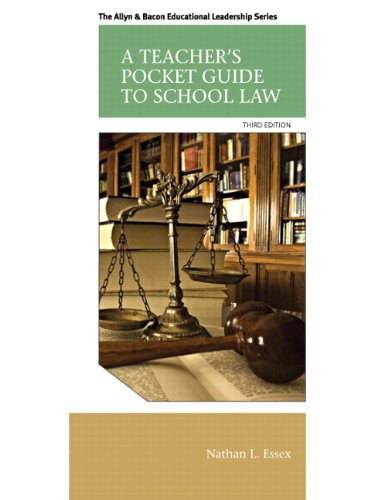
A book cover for A Teacher's Pocket Guide to School Law (3rd Edition) (Allyn & Bacon Educational Leadership); Nathan L. Essex; Law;